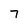
Character: 7